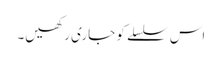
اس سلسلے کو جاری رکھیں۔